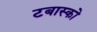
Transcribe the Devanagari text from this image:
टबास्को